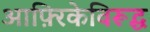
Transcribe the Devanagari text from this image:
आफ़्रिकेविरूद्ध